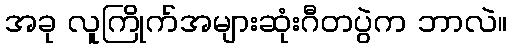
အခု လူကြိုက်အများဆုံးဂီတပွဲက ဘာလဲ။